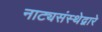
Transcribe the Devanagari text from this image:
नाट्यसंस्थेद्वारे